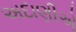
અદાણીએ